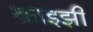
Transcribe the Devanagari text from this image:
क्राइझी